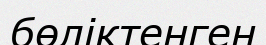
бөліктенген